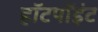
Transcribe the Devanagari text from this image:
हॉटपॉइंट